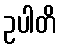
ဥပါတိ